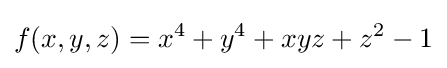
f(x,y,z)=x^{4}+y^{4}+xyz+z^{2}-1